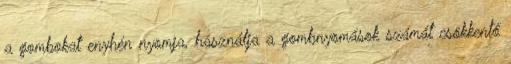
a gombokat enyhén nyomja, használja a gombnyomások számát csökkentő